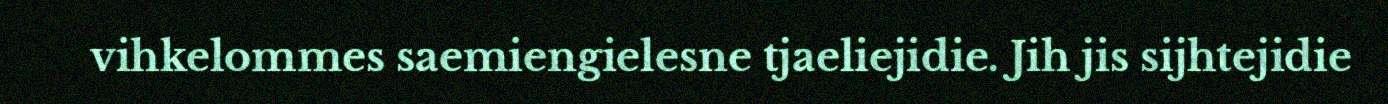
vihkelommes saemiengielesne tjaeliejidie. Jih jis sijhtejidie